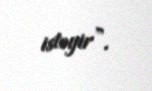
istəyir”.